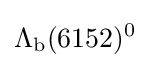
\Lambda _{\rm {b}}(6152)^{0}